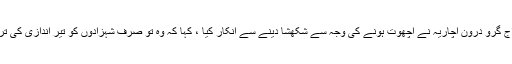
اُسے پانڈووں کے راج گرو درون آچارؔیہ نے اچھوت ہونے کی وجہ سے شکھشا دینے سے انکار کیا ، کہا کہ وہ تو صرف شہزادوں کو تیر اندازی کی تربیت دے سکتے ہیں۔